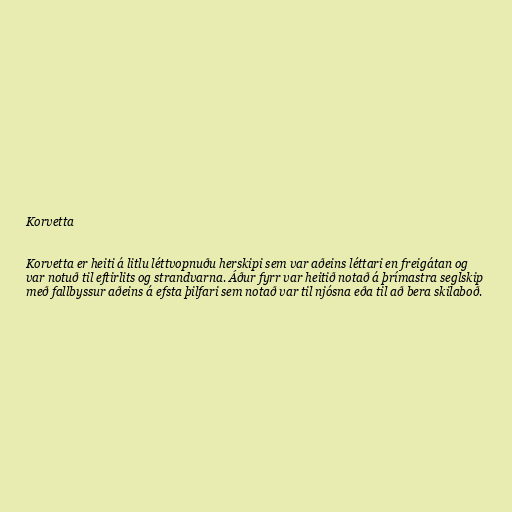
Korvetta

Korvetta er heiti á litlu léttvopnuðu herskipi sem var aðeins léttari en freigátan og
var notuð til eftirlits og strandvarna. Áður fyrr var heitið notað á þrímastra seglskip
með fallbyssur aðeins á efsta þilfari sem notað var til njósna eða til að bera skilaboð.